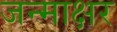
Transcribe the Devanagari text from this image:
जन्माक्षर